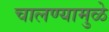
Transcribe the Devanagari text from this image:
चालण्यामुळे